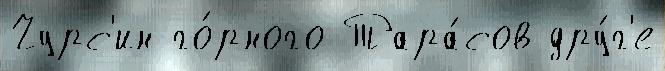
Чурс'ин го́рного Тара́сов дру́г'е